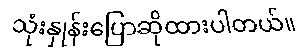
သုံးနှုန်းပြောဆိုထားပါတယ်။